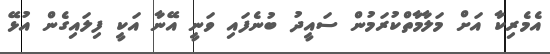
އެމެރިކާ އަށް މަލާމާތްކުރަމުން ސައީދު ބުނެފައި ވަނީ އޭނާ އަކީ ފިލައިގެން އުޅޭ